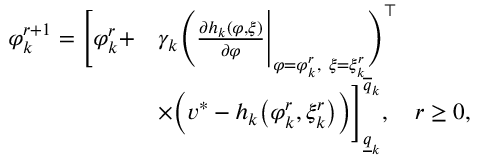
\begin{array} { r l } { \varphi _ { k } ^ { r + 1 } = \Bigg [ \varphi _ { k } ^ { r } + } & { \gamma _ { k } \Bigg ( \frac { \partial h _ { k } ( \varphi , \xi ) } { \partial \varphi } \Bigg | _ { \varphi = \varphi _ { k } ^ { r } , ~ \xi = \xi _ { k } ^ { r } } \Bigg ) ^ { \top } } \\ & { \times \Big ( v ^ { * } - h _ { k } \big ( \varphi _ { k } ^ { r } , \xi _ { k } ^ { r } \big ) \Big ) \Bigg ] _ { \underline { { q } } _ { k } } ^ { \overline { { q } } _ { k } } , \quad r \geq 0 , } \end{array}